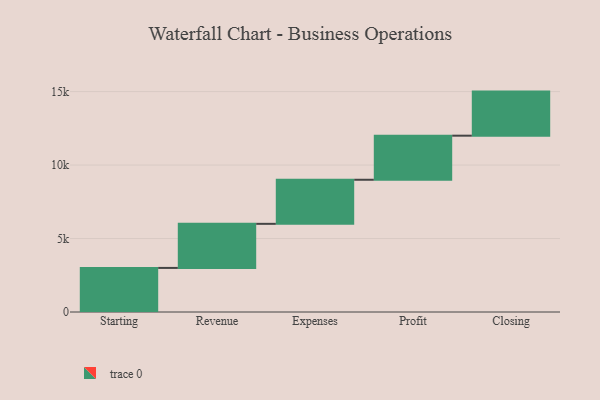
{"axis": {"x": "Step", "y": "Value"}, "legend": [""], "data": [{"x": "Starting", "y": 3000, "type": ""}, {"x": "Revenue", "y": 3000, "type": ""}, {"x": "Expenses", "y": 3000, "type": ""}, {"x": "Profit", "y": 3000, "type": ""}, {"x": "Closing", "y": 3000, "type": ""}]}